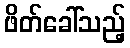
ဖိတ်ခေါ်သည့်